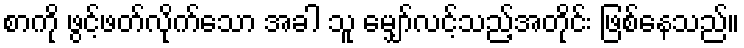
စာကို ဖွင့်ဖတ်လိုက်သော အခါ သူ မျှော်လင့်သည့်အတိုင်း ဖြစ်နေသည်။